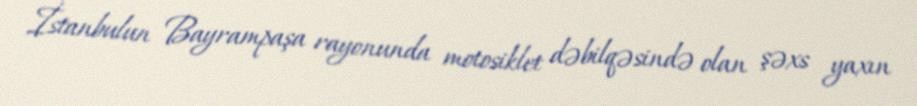
İstanbulun Bayrampaşa rayonunda motosiklet dəbilqəsində olan şəxs yaxın